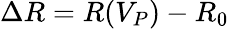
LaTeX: \Delta R=R(V_{P})-R_{0}